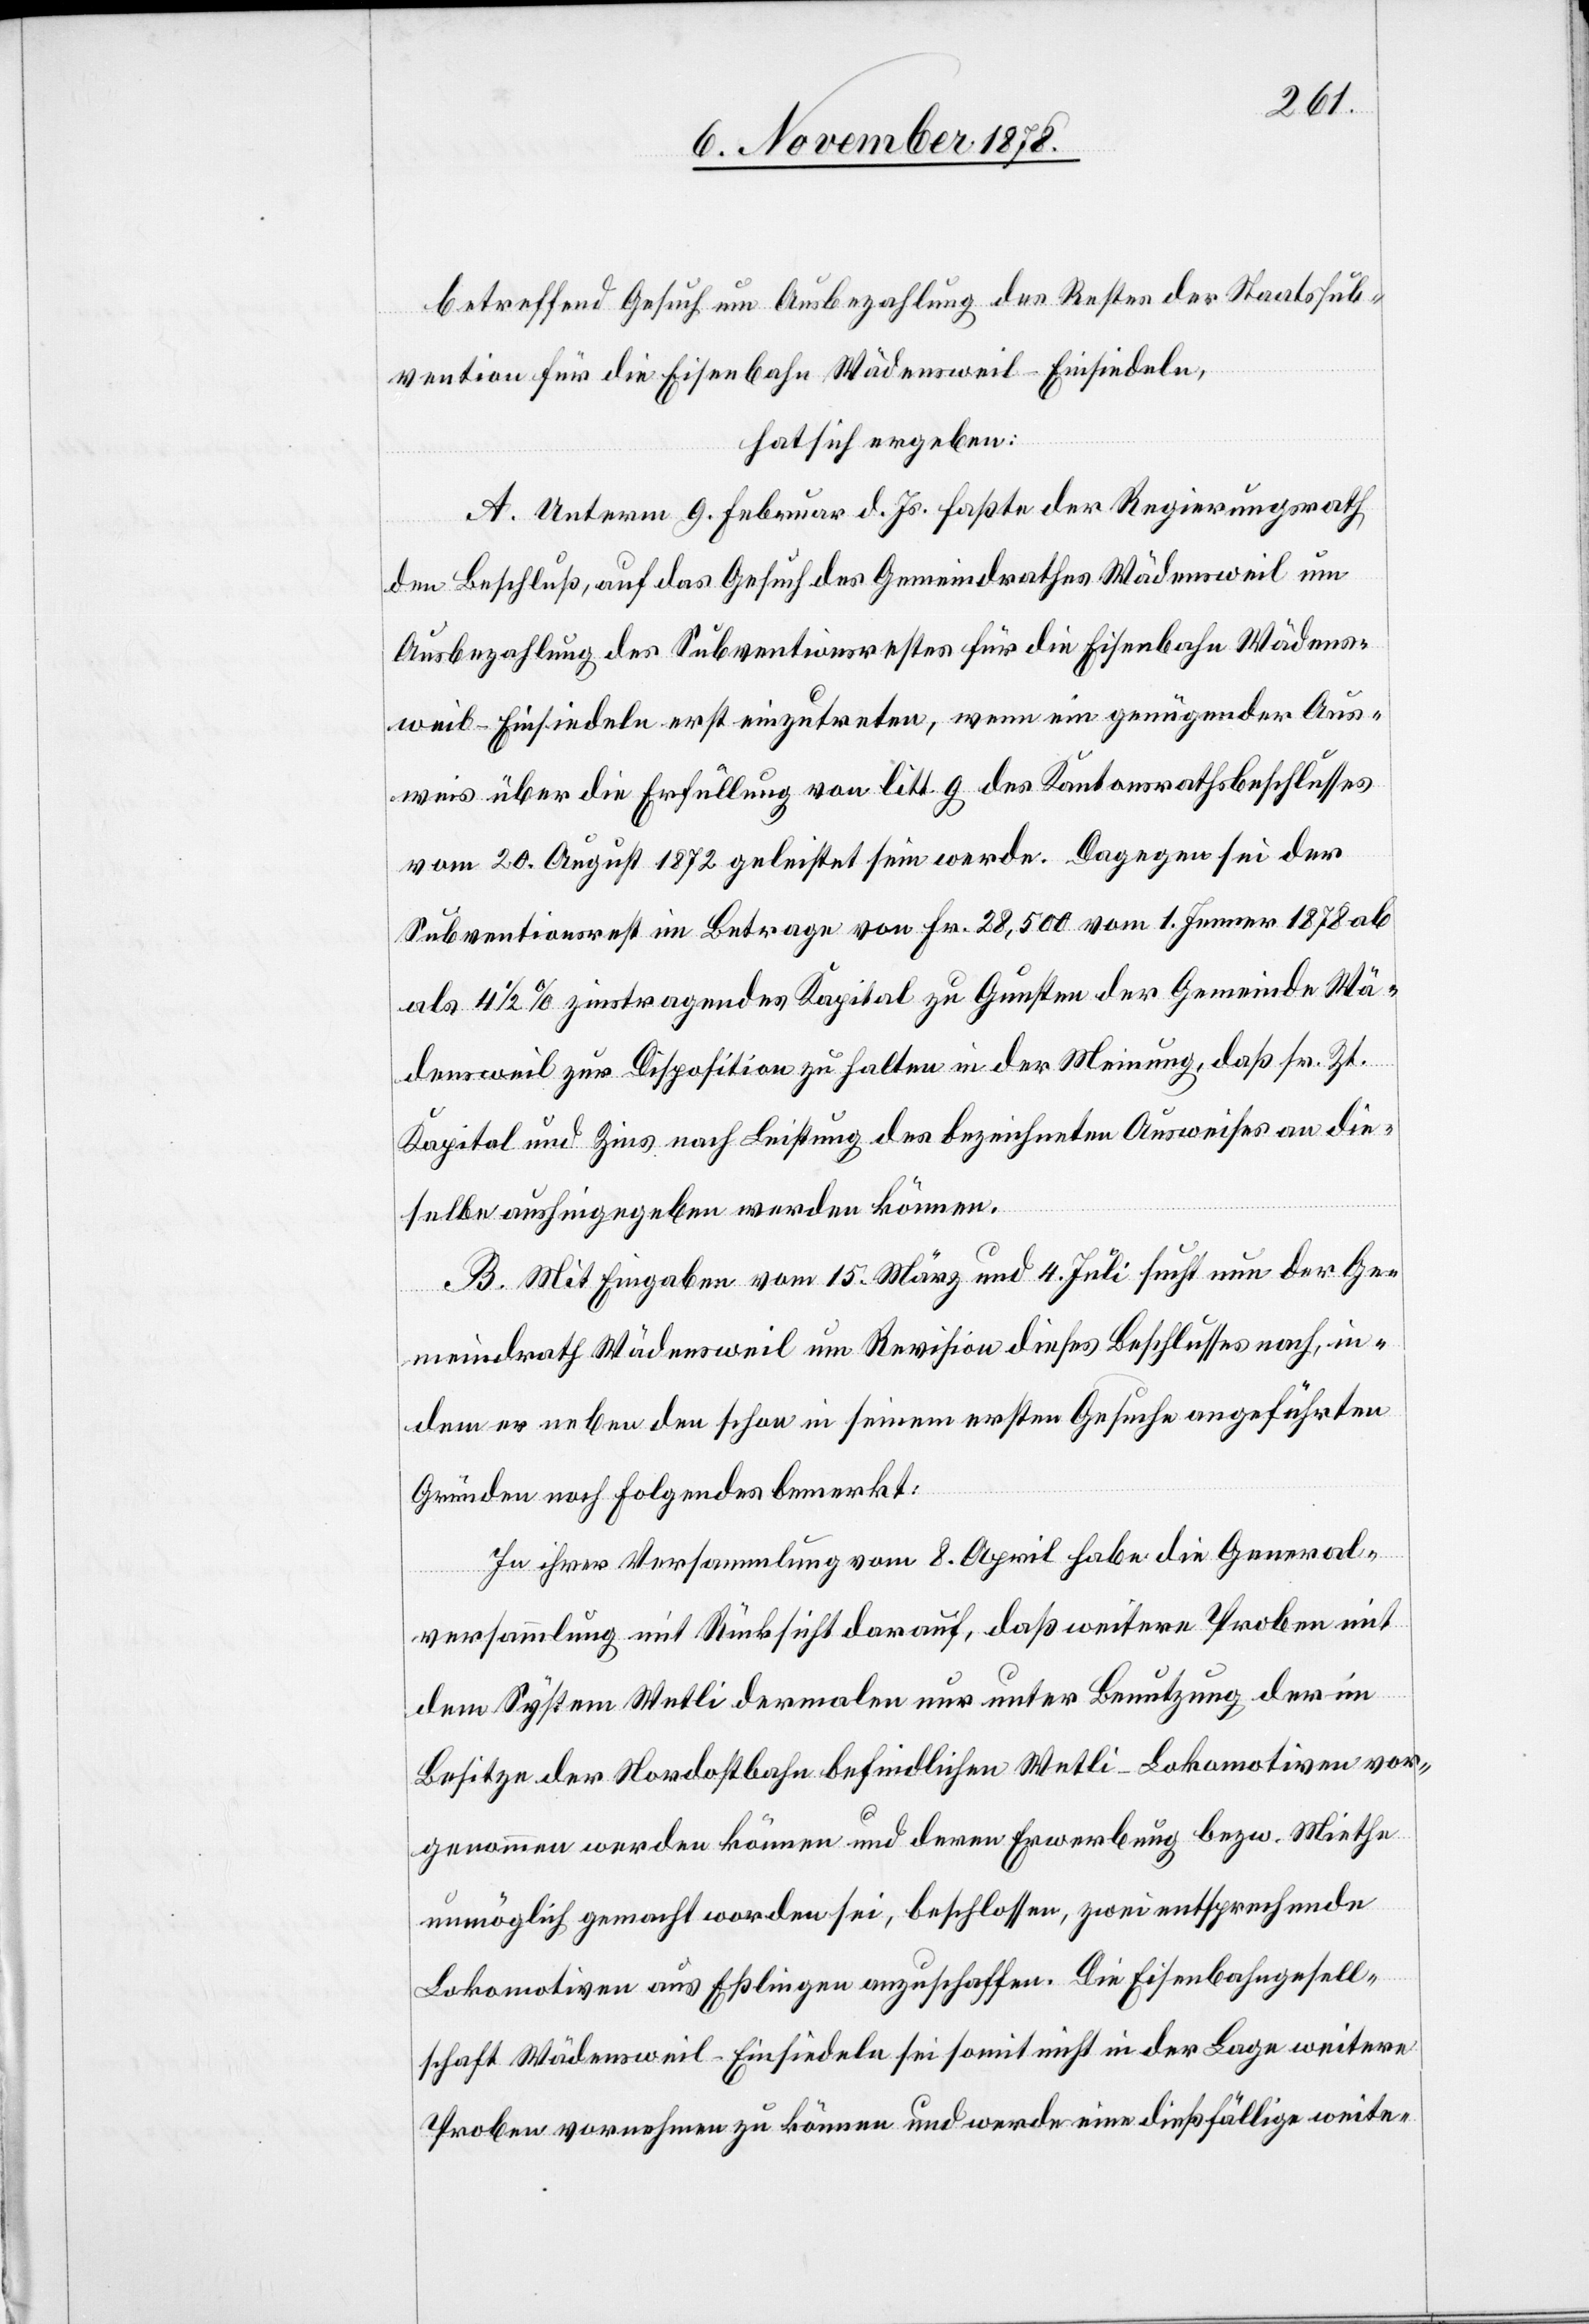
betreffend Gesuch um Ausbezahlung des Restes der Staatssub¬
vention für die Eisenbahn Wädensweil–Einsiedeln,
hat sich ergeben:
A. Unterm 9. Februar d. Js. faßte der Regierungsrath
den Beschluß, auf das Gesuch des Gemeindrathes Wädensweil um
Ausbezahlung des Subventionsrestes für die Eisenbahn Wädens¬
weil–Einsiedeln erst einzutreten, wenn ein genügender Aus¬
weis über die Erfüllung von litt. g des Kantonsrathsbeschlusses
vom 20. August 1872 geleistet sein werde. Dagegen sei der
Subventionsrest im Betrage von Fr. 28,500 vom 1. Jenner 1878 ab
als 4 1/2% zinstragendes Kapital zu Gunsten der Gemeinde Wä¬
densweil zur Disposition zu halten in der Meinung, daß sr. Zt.
Kapital und Zins nach Leistung des bezeichneten Ausweises an die¬
selbe aushingegeben werden können.
B. Mit Eingaben vom 15. März und 4. Juli sucht nun der Ge¬
meindrath Wädensweil um Revision dieses Beschlusses nach, in¬
dem er neben dem schon in seinem ersten Gesuche angeführten
Gründen noch folgendes bemerkt:
In ihrer Versammlung vom 8. April habe die General¬
versammlung mit Rücksicht darauf, daß weitere Proben mit
dem System Wetli dermalen nur unter Benutzung der im
Besitze der Nordostbahn befindlichen Wetli-Lokomotiven vor¬
genommen werden können und deren Erwerbung bez. Miethe
unmöglich gemacht worden sei, beschlossen, zwei entsprechende
Lokomotiven aus Esslingen anzuschaffen. Die Eisenbahngesell¬
schaft Wädensweil-Einsiedeln sei somit nicht in der Lage weitere
Proben vornehmen zu können und werde eine dießfällige weite-